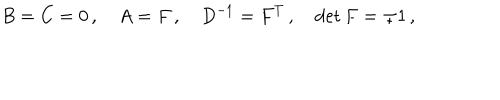
B = C = 0 \, , \quad A = F \, , \quad D ^ { - 1 } = F ^ { T } \, , \quad \det F = \pm 1 \, ,